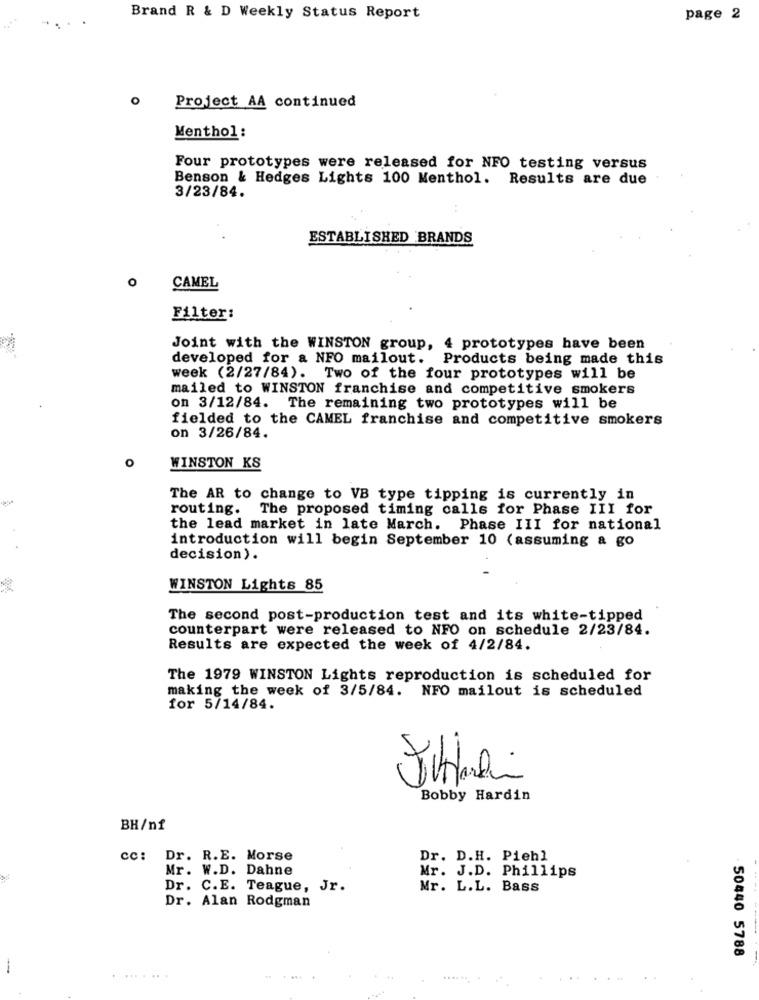
.... .
Brand R & D Weekly Status Report
page 2
Project AA continued
Menthol:
Four prototypes were released for NFO testing versus
Benson & Hedges Lights 100 Menthol. Results are due
3/23/84.
ESTABLISHED BRANDS
0
CAMEL
Filter:
Joint with the WINSTON group, 4 prototypes have been
developed for a NFO mailout. Products being made this
week (2/27/84). Two of the four prototypes will be
mailed to WINSTON franchise and competitive smokers
on 3/12/84. The remaining two prototypes will be
fielded to the CAMEL franchise and competitive smokers
on 3/26/84.
o
WINSTON KS
The AR to change to VB type tipping is currently in
routing. The proposed timing calls for Phase III for
the lead market in late March. Phase III for national
introduction will begin September 10 (assuming & go
decision ).
WINSTON Lights 85
The second post-production test and its white-tipped
counterpart were released to NFO on schedule 2/23/84.
Results are expected the week of 4/2/84.
The 1979 WINSTON Lights reproduction is scheduled for
making the week of 3/5/84. NFO mailout is scheduled
for 5/14/84.
Bobby Hardin
BH/nf
cc: Dr. R.E. Morse
Dr. D.H. Piehl
Mr. W.D. Dahne
Mr. J.D. Phillips
Dr. C.E. Teague, Jr.
Mr. L.L. Bass
Dr. Alan Rodgman
50440 5788
-
........